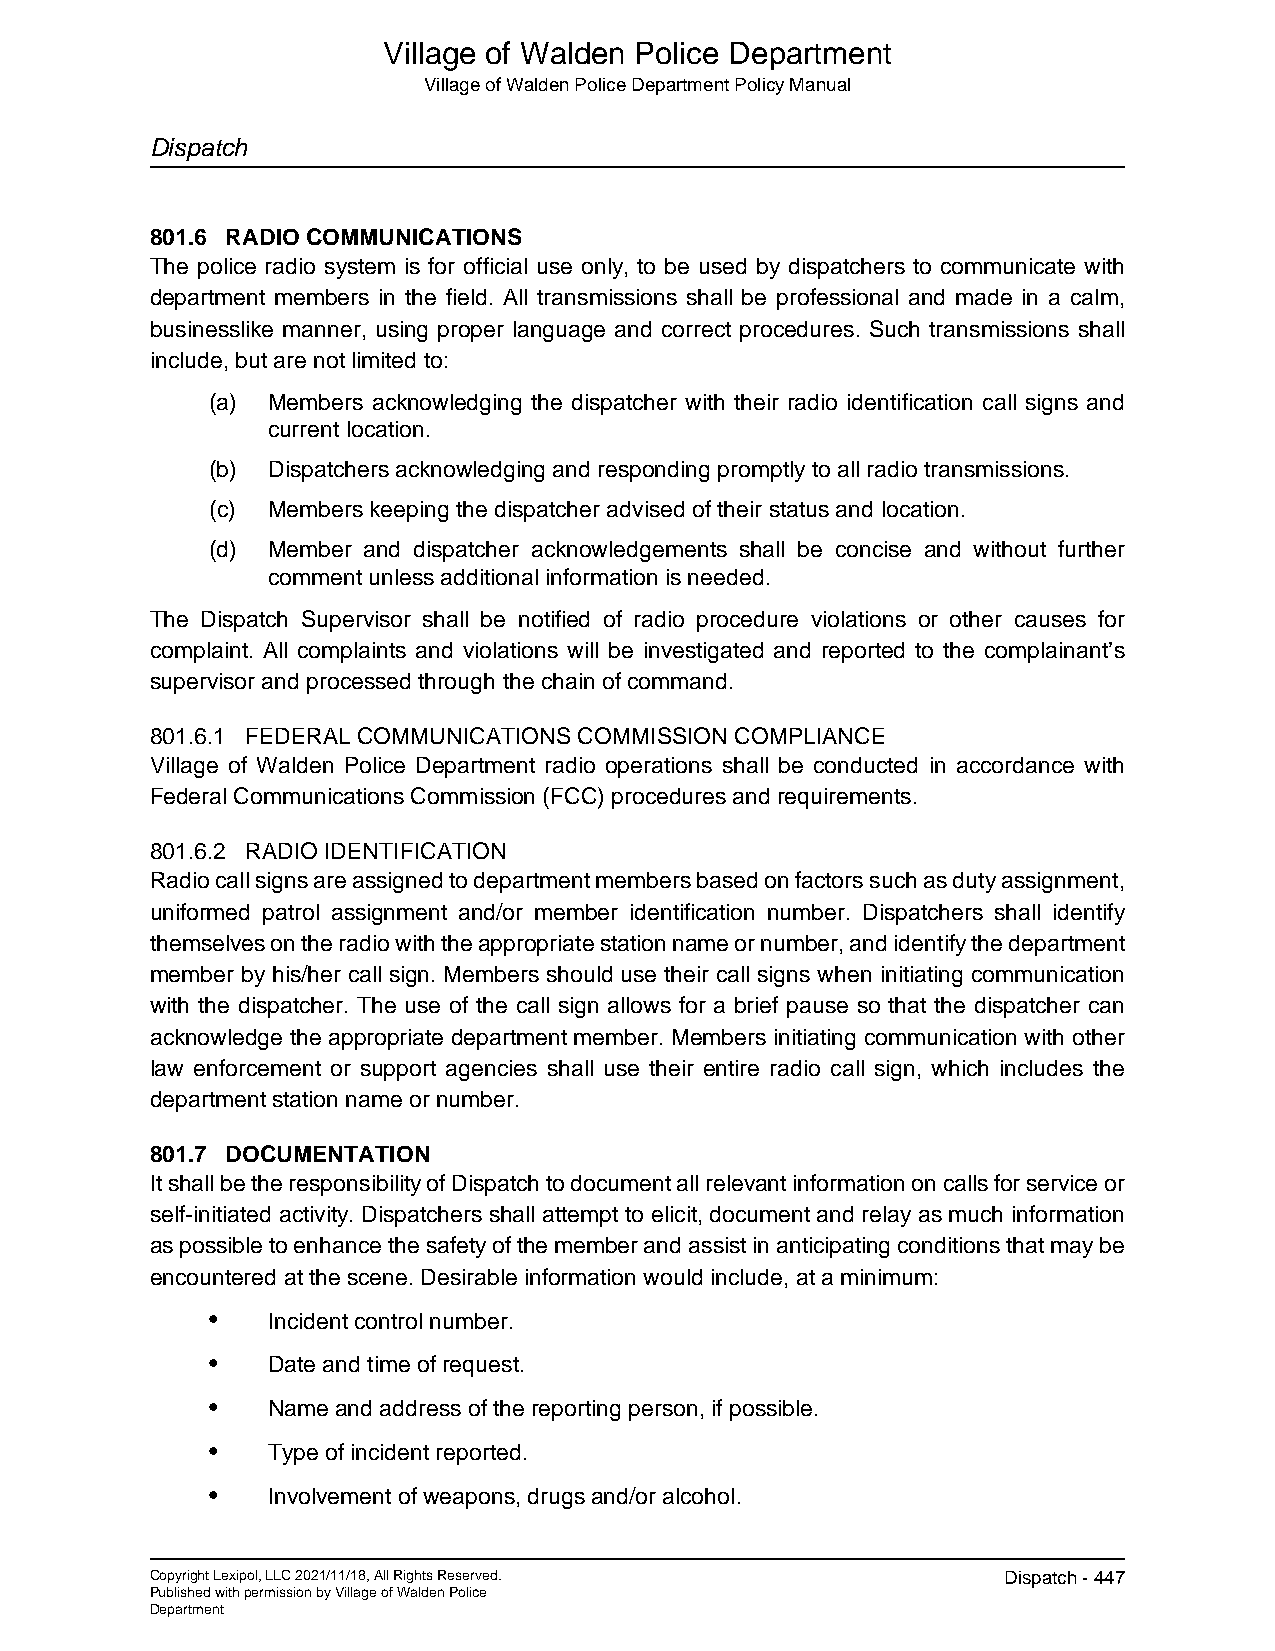
Village of Walden Police Department
 Village of Walden Police Department Policy Manual
 Dispatch
 801.6 RADIO COMMUNICATIONS
 The police radio system is for official use only, to be used by dispatchers to communicate with
 department members in the field. All transmissions shall be professional and made in a calm,
 businesslike manner, using proper language and correct procedures. Such transmissions shall
 include, but are not limited to:
 (a) Members acknowledging the dispatcher with their radio identification call signs and
 current location.
 (b) Dispatchers acknowledging and responding promptly to all radio transmissions.
 (c) Members keeping the dispatcher advised of their status and location.
 (d) Member and dispatcher acknowledgements shall be concise and without further
 comment unless additional information is needed.
 The Dispatch Supervisor shall be notified of radio procedure violations or other causes for
 complaint. All complaints and violations will be investigated and reported to the complainant’s
 supervisor and processed through the chain of command.
 801.6.1 FEDERAL COMMUNICATIONS COMMISSION COMPLIANCE
 Village of Walden Police Department radio operations shall be conducted in accordance with
 Federal Communications Commission (FCC) procedures and requirements.
 801.6.2 RADIO IDENTIFICATION
 Radio call signs are assigned to department members based on factors such as duty assignment,
 uniformed patrol assignment and/or member identification number. Dispatchers shall identify
 themselves on the radio with the appropriate station name or number, and identify the department
 member by his/her call sign. Members should use their call signs when initiating communication
 with the dispatcher. The use of the call sign allows for a brief pause so that the dispatcher can
 acknowledge the appropriate department member. Members initiating communication with other
 law enforcement or support agencies shall use their entire radio call sign, which includes the
 department station name or number.
 801.7 DOCUMENTATION
 It shall be the responsibility of Dispatch to document all relevant information on calls for service or
 self-initiated activity. Dispatchers shall attempt to elicit, document and relay as much information
 as possible to enhance the safety of the member and assist in anticipating conditions that may be
 encountered at the scene. Desirable information would include, at a minimum:
 •   Incident control number.
 •   Date and time of request.
 •   Name and address of the reporting person, if possible.
 •   Type of incident reported.
 •   Involvement of weapons, drugs and/or alcohol.
 Copyright Lexipol, LLC 2021/11/18, All Rights Reserved. Dispatch - 447
 Published with permission by Village of Walden Police
 Department